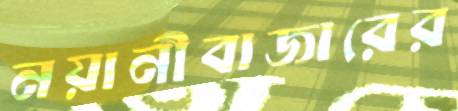
নয়ানীবাজারের